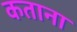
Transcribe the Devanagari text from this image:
कताना